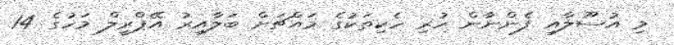
މި އުސޫލާއި ފެންނާން ހުރި ހެކިތަކުގެ މައްޗަށް ބަލާއިރު އޭޕްރީލް މަހުގެ 14